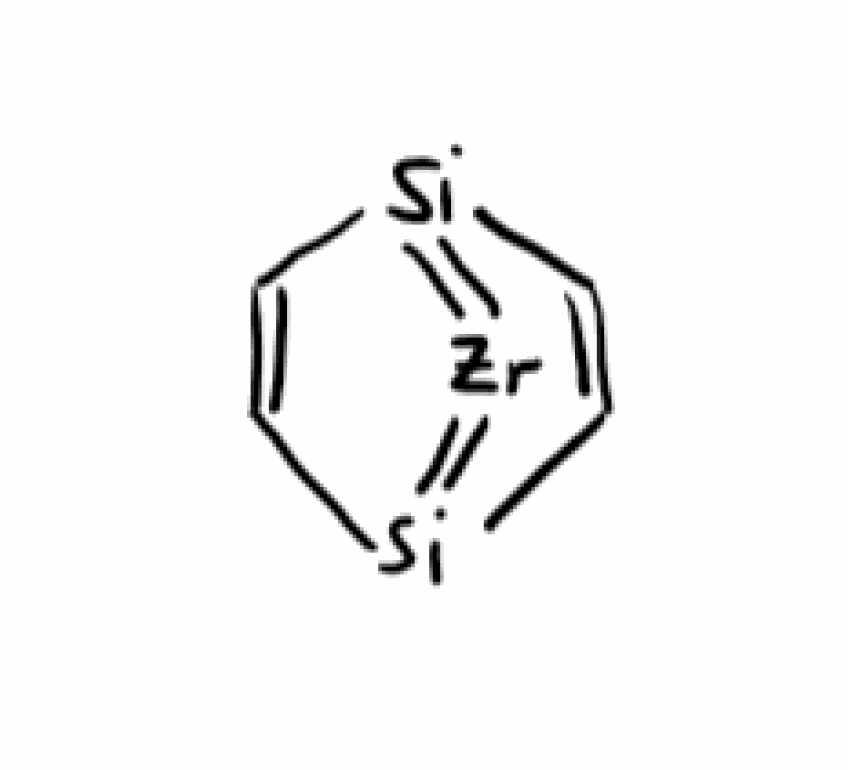
Simplified molecular-input line-entry system (SMILES) notation of the given molecule:
C1=C[Si]2=[Zr]=[Si]1C=C2